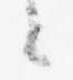
々